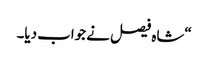
“شاہ فیصل نے جواب دیا۔